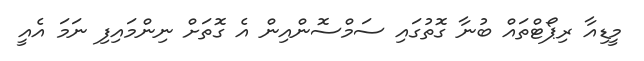
މީޑިއާ ރިޕޯޓްތައް ބުނާ ގޮތުގައި ސަމްސޮންއިން އެ ގޮތަށް ނިންމައިފި ނަމަ އެއީ